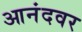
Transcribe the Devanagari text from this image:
आनंदवर